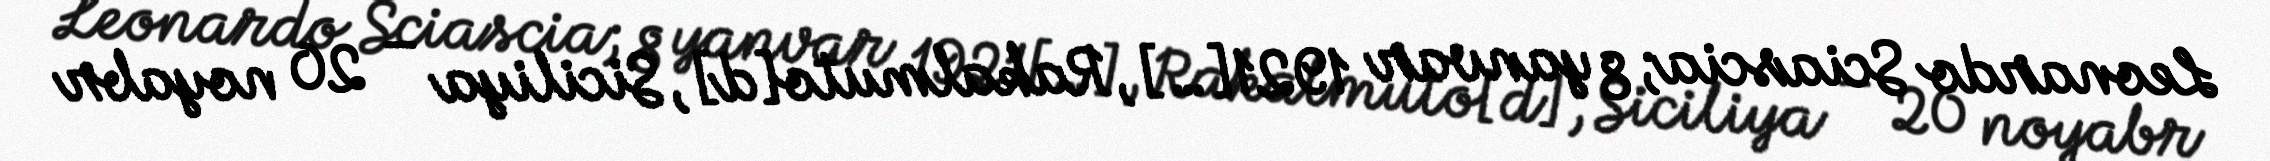
Leonardo Sciascia; 8 yanvar 1921[…], Rakalmuto[d], Siciliya – 20 noyabr